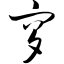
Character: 穸